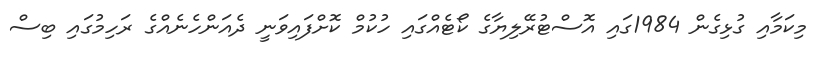
މިކަމާއި ގުޅިގެން 1984ގައި އޮސްޓުރޭލިޔާގެ ކޯޓެއްގައި ހުކުމް ކޮށްފައިވަނީ ދެއަންހެނެއްގެ ރަހިމުގައި ބިސް